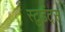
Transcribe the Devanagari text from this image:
स्टुडंट्‌स